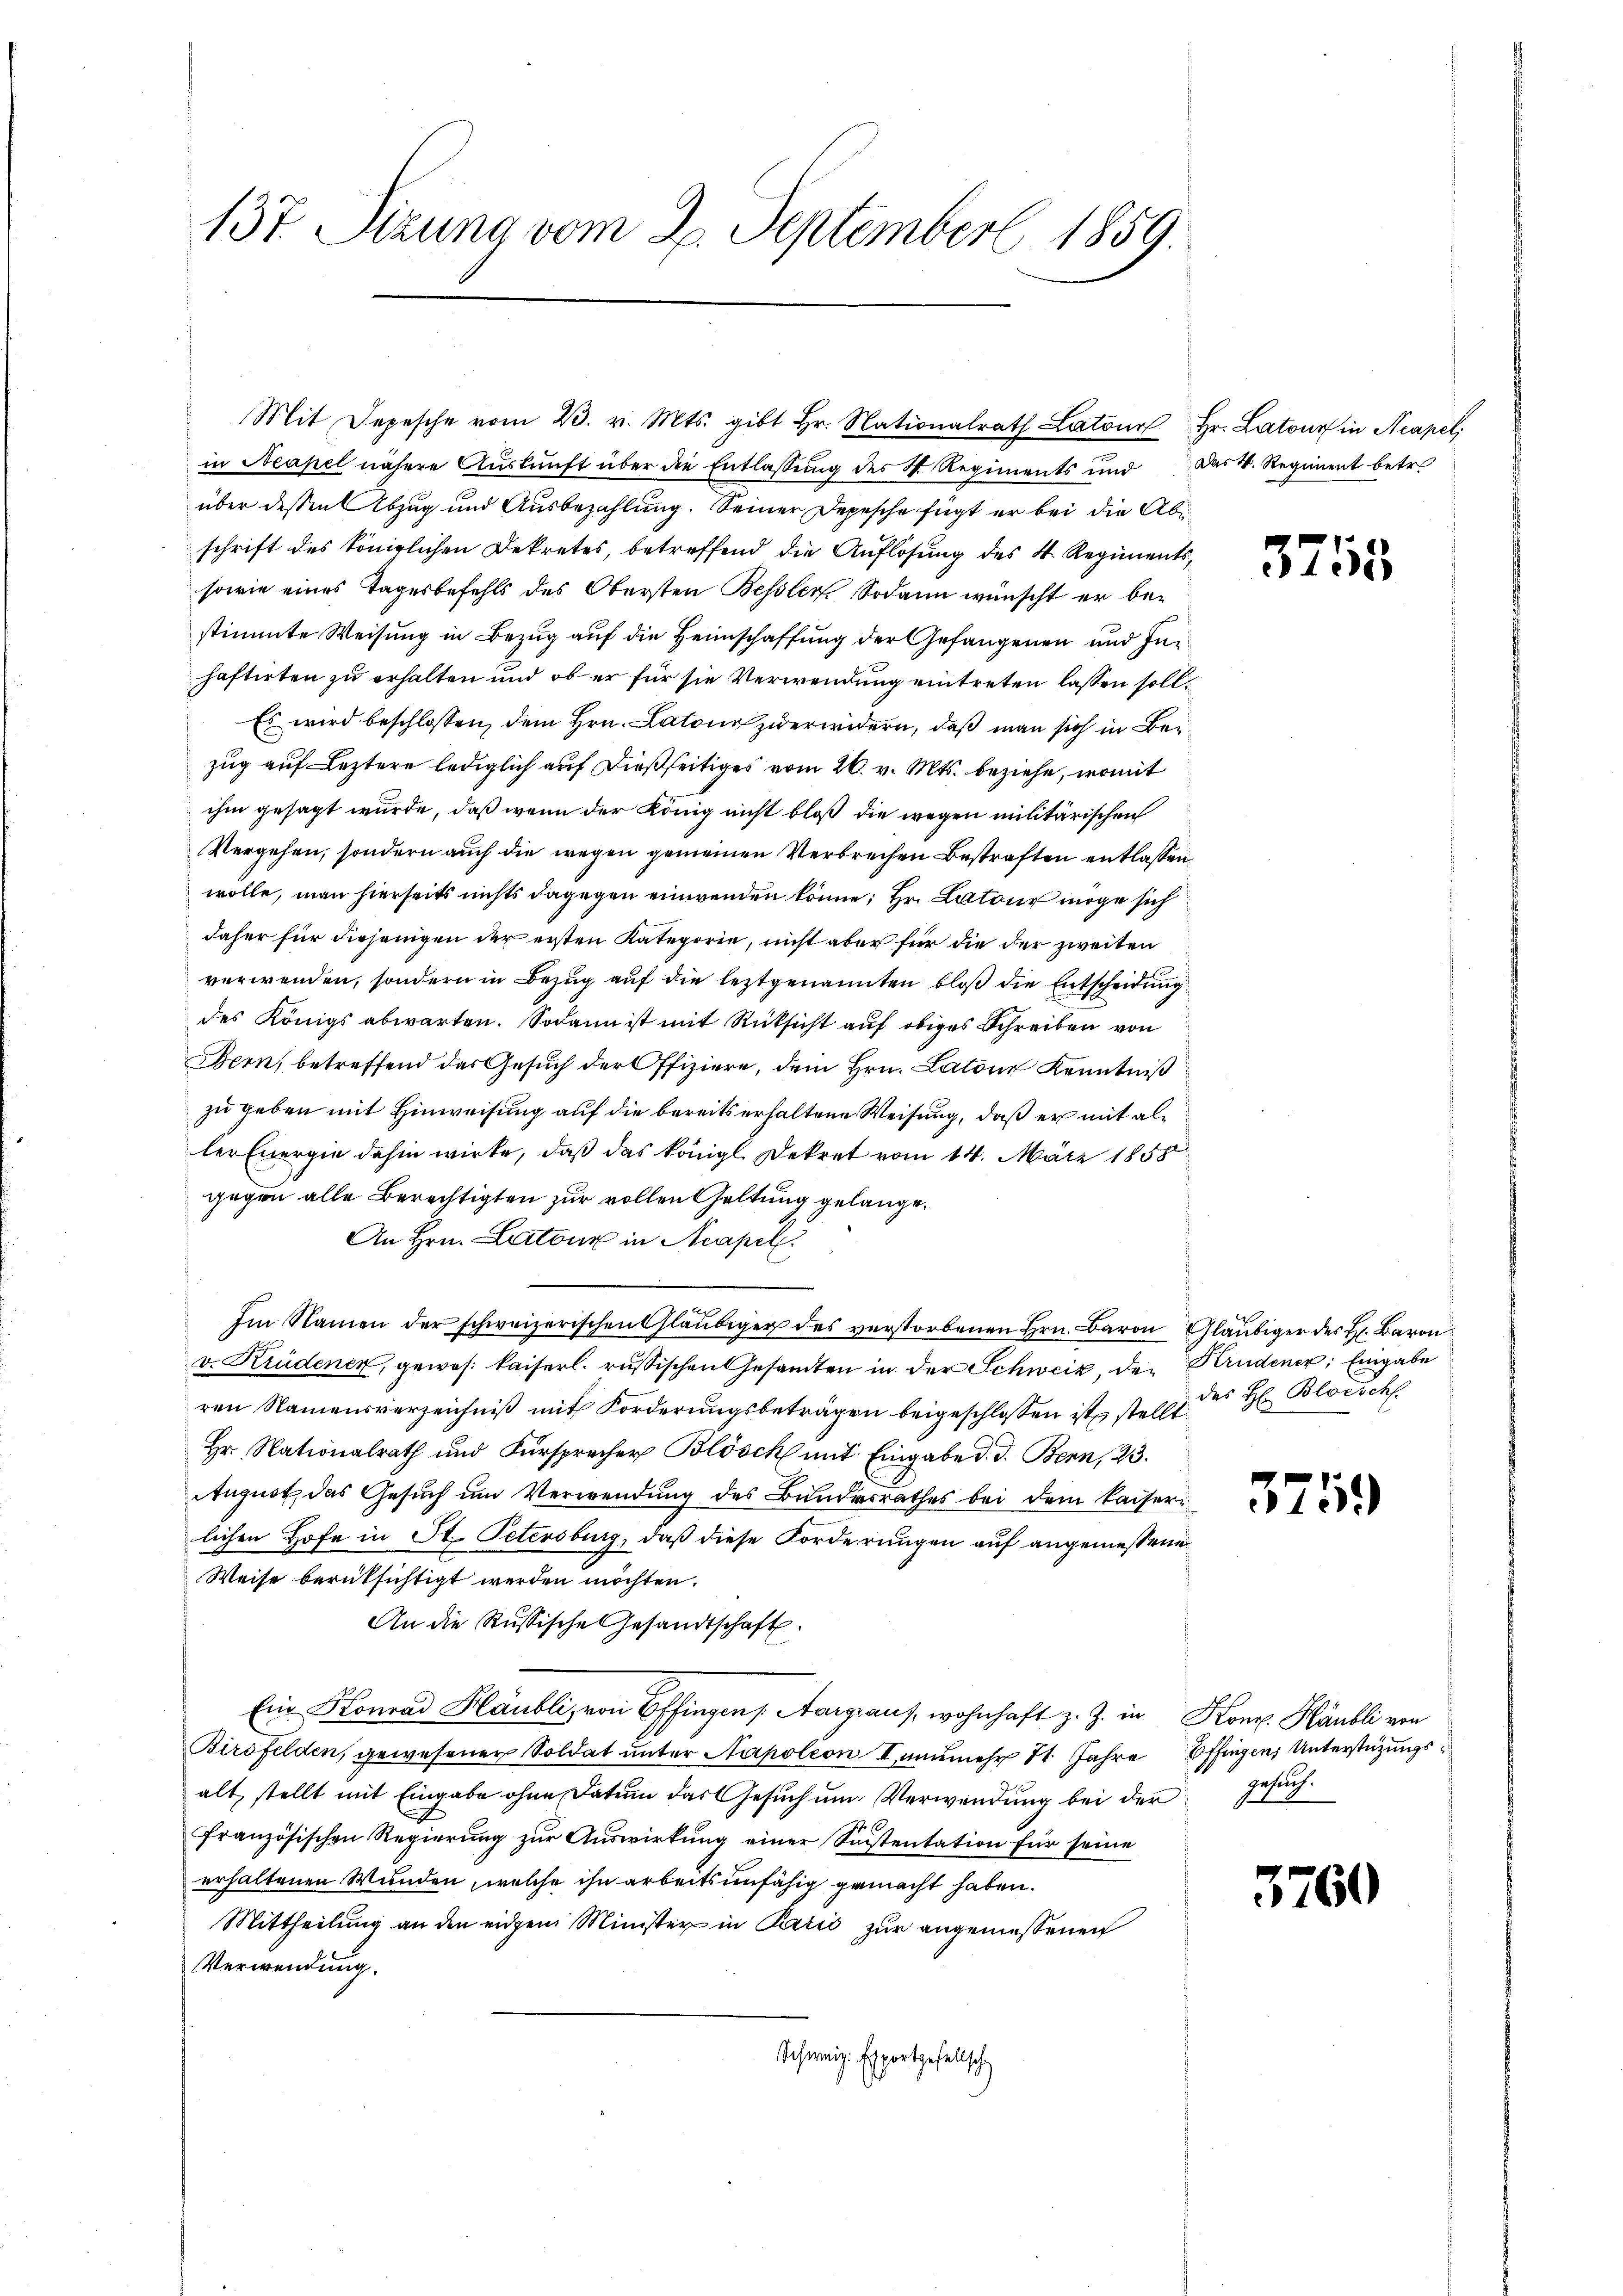
137. Sizung vom 2. September 1859.

in Neapel nähere Auskunft über die Entlassung des H. Regiments und das k. Regiment betr.
über dessen Abzug und Ausbezahlung. Seiner Depesche fügt er bei die Abschrift des königlichen Dekretes, betreffend die Auflösung des V. Regiments,
sowie eines Tagesbefehls des Obersten Bessler. Sodann wünscht er bestimmte Weisung in Bezug auf die Heimschaffung der Gefangenen und Inhaftirten zu erhalten und ob er für sie Verwendung eintreten lassen soll¬
Es wird beschlossen, dem Hrn. Latone zwerwidern, daß man sich in Beizug auf Leztere lediglich auf dießseitiges vom 26. v. Mts. beziehe, womit
ihm gesagt wurde, daß wenn der König nicht bloß die wegen militärischen
Vergehen, sondern auch die wegen gemeinen Verbrechen Bestraften entlassen
wolle, man hierseits nichts dagegen einwenden könne; Hr. Antone möge sich
daher für diejenigen der ersten Kategorie, nicht aber für die der zweiten
verwenden, sondern in Bezug auf die leztgenannten bloß die Entscheidung
des Königs abwarten. Sodann ist mit Rüksicht auf obiges Schreiben von
Bern, betreffend das Gesuch der Offiziere, dem Hrn. Latour Kenntniß
zu geben mit Hinweisung auf die bereits erhaltene Weisung, daß er mit aller Energie dahin wirke, daß das königl. Dekret vom 14. März 1858
gegen alle Berechtigten zur vollen Geltung gelange¬
An Hrn. Latone in Acapel.
Im Namen der schweizerischen Gläubiger des verstorbenen Hrn. Baron Gläubiger des H. Baron
v. Krudenen, gewes kaiserl. russischen Gesandten in der Schweiz, den Krudener Eingabe
ren Namensverzeichniß mit Forderungsbeträgen beigeschlossen ist stellt
Hr. Nationalrath und Fürsprecher Blösch mit Eingabe d. d. Bern, 23.
August das Gesuch um Verwendung des Bundesrathes bei dem Kaiserlichen Hofe in St. Petersburg, daß diese Forderungen auf angemessene
Weise berüksichtigt werden möchten.
An die Russische Gesandtschaft.
Ein Konrad Blaubli, von Effingen, Aargaus, wohnhaft z. Z. in Konr. Häubli von
Birsfelden, gewesener Soldat ŭnter Napoleon I. nunmehr 71. Jahre Effingen Unterstützungsalt, stellt mit Eingabe ohne Datum das Gesŭch ŭm Verwendŭng bei der Gesŭch
französischen Regierung zur Auswirkung einer Sustentation für seine
erhaltenen Wunden, welche ihn arbeitsunfähig gemacht haben.
Mittheilung an den eiden Minister in Parić zur angemessenen
Verwendung.
Schweiz. Exportgesellsch

Mit Depesche vom 23. v. Mts. gibt Hr. Nationalrath Laton Hr. Latour in Neapel

3755

des H. Blorsch

3759

3760